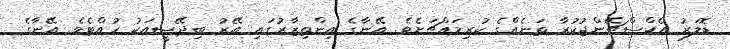
ޑޮލަރު އެކްސްޗޭންޖުކުރާ ތަނެއްގެ ކުރިމައްޗަށެވެ. އޭނާގެ އިންތިޒާރުގައި އޭރު ބިދޭސީއަކު ހުއްޓެވެ. އޭނާގެ